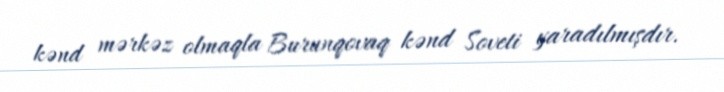
kənd mərkəz olmaqla Burunqovaq kənd Soveti yaradılmışdır.